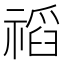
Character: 𥛗